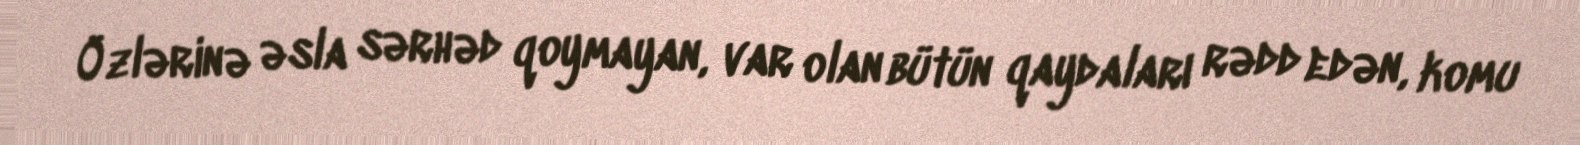
Özlərinə əsla sərhəd qoymayan, var olan bütün qaydaları rədd edən, komu